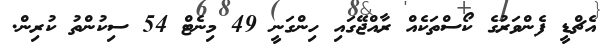
އެޗްޑީ ފެންވަރުގެ ކޯސްތަކެއް ރާއްޖޭގައި ހިންގަނީ 49 މިނެޓް 54 ސިކުންތު ކުރިން.